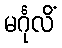
မင်္ဂုလိံ